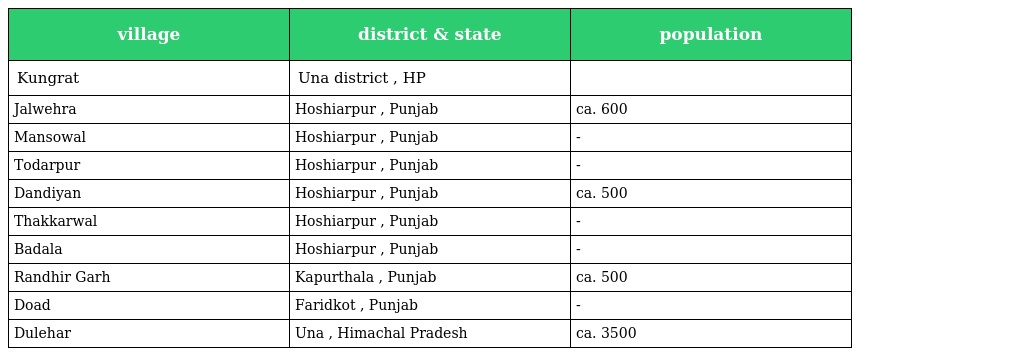
| village | district & state | population |
 | --- | --- | --- |
 | Kungrat | Una district , HP |  |
 | Jalwehra | Hoshiarpur , Punjab | ca. 600 |
 | Mansowal | Hoshiarpur , Punjab | - |
 | Todarpur | Hoshiarpur , Punjab | - |
 | Dandiyan | Hoshiarpur , Punjab | ca. 500 |
 | Thakkarwal | Hoshiarpur , Punjab | - |
 | Badala | Hoshiarpur , Punjab | - |
 | Randhir Garh | Kapurthala , Punjab | ca. 500 |
 | Doad | Faridkot , Punjab | - |
 | Dulehar | Una , Himachal Pradesh | ca. 3500 |